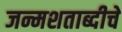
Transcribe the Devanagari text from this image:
जन्मशताब्दीचे